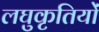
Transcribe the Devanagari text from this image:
लघुकृतियों